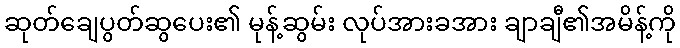
ဆုတ်ချေပွတ်ဆွပေး၏ မုန့်ဆွမ်း လုပ်အားခအား ချာချီ၏အမိန့်ကို